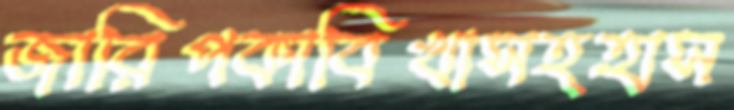
জারিপকাবিখাসহহাস